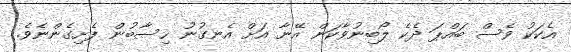
އެކަކު ވެސް ބައްޕަ ދެކެ ލޯބިނުވާކަން އޭނާ އަށް އެނގުނު ހިސާބުން ފެށިގެންނެވެ.